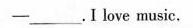
——___.I love music.